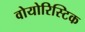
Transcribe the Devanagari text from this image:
वोयोरिस्टिक